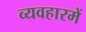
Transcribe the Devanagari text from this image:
व्यवहारमें